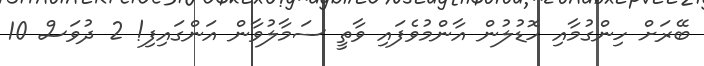
ބޭރަށް ހިންގުމާއި ހޮޑުލުން އާންމުވެފައި ވާތީ ސަމާލުވާން އަންގައިފި! 2 ދުވަސް 10